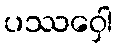
ပဿဝှေါ